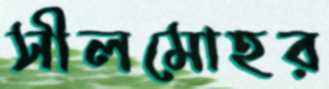
সীলমোহর